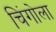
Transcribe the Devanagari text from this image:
चिंगोला